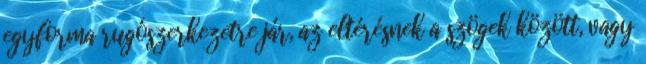
egyforma rugószerkezetre jár, az eltérésnek a szögek között, vagy